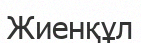
Жиенқұл